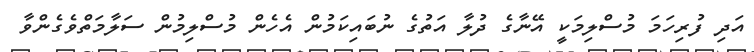
އަދި ފުރިހަމަ މުސްލިމަކީ އޭނާގެ ދުލާ އަތުގެ ނުބައިކަމުން އެހެން މުސްލިމުން ސަލާމަތްވެގެންވާ